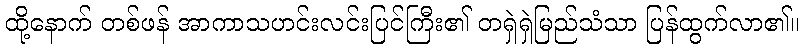
ထို့နောက် တစ်ဖန် အာကာသဟင်းလင်းပြင်ကြီး၏ တရှဲရှဲမြည်သံသာ ပြန်ထွက်လာ၏။